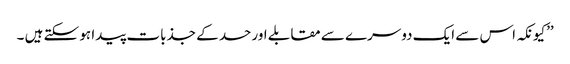
’’کیونکہ اس سے ایک دوسرے سے مقابلے اور حسد کے جذبات پیدا ہو سکتے ہیں ۔